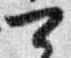
可